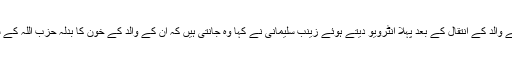
اس سے قبل لبنانی ٹی وی کو اپنے والد کے انتقال کے بعد پہلا انٹرویو دیتے ہوئے زینب سلیمانی نے کہا وہ جانتی ہیں کہ ان کے والد کے خون کا بدلہ حزب اللہ کے سربراہ حسن نصراللہ ہی لیں گے۔